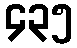
၄၃၅